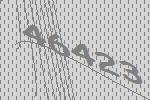
46423